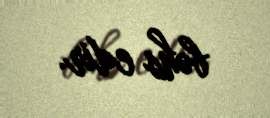
bəhs edir.